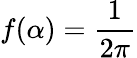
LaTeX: f(\alpha)=\frac{1}{2\pi}